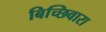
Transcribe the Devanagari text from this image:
बिच्छिवारा